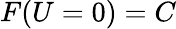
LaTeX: F(U=0)=C